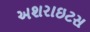
અશરાઇટસ